Madras plague regulations in force outside the Presidency town - Volume 6
Disease focus: Plague
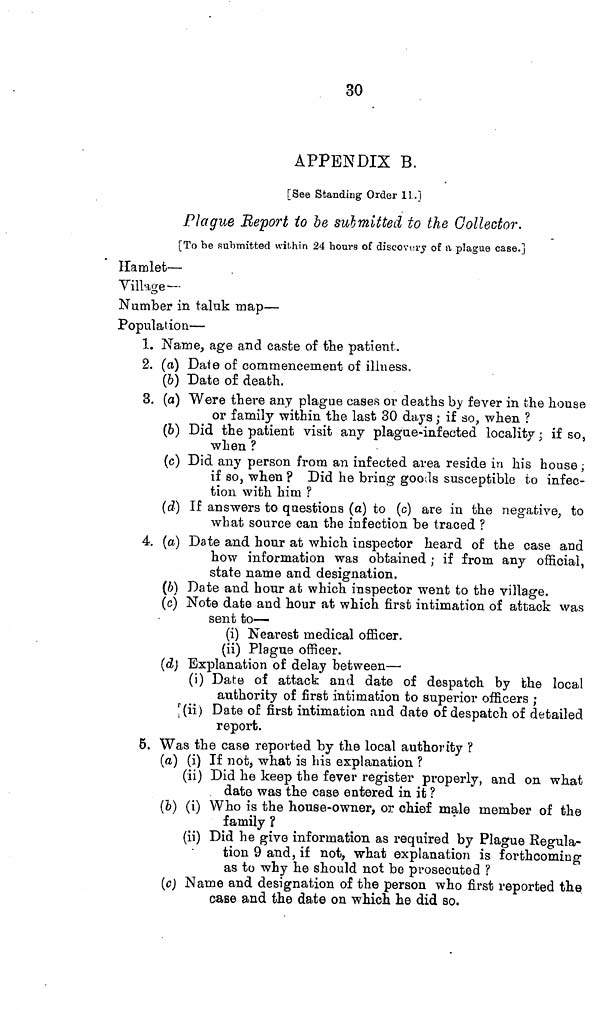
30
APPENDIX B.
[See Standing Order 11.]
Plague Report to be submitted to the Collector.
[To be submitted within 24 hours of discovery of a plague case.]
Hamlet—
Village—
Number in taluk map—
Population—
1. Name, age and caste of the patient.
2. (a) Date of commencement of illness.
(b) Date of death.
3. (a) Were there any plague cases or deaths by fever in the house
or family within the last 30 days ; if so, when ?
(b) Did the patient visit any plague-infected locality ; if so,
when ?
(c) Did any person from an infected area reside in his house ;
if so, when ? Did he bring goods susceptible to infec-
tion with him ?
(d) If answers to questions (a) to (c) are in the negative, to
what source can the infection be traced ?
4. (a) Date and hour at which inspector heard of the case and
how information was obtained ; if from, any official,
state name and designation.
(b) Date and hour at which inspector went to the village.
(c) Note date and hour at which first intimation of attack was
sent to—
(i) Nearest medical officer,
(ii) Plague officer.
(d) Explanation of delay between—
(i) Date of attack and date of despatch by the local
authority of first intimation to superior officers ;
(ii) Date of first intimation and date of despatch of detailed
report.
5. Was the case reported by the local authority ?
(a) (i) If not, what is his explanation ?
(ii) Did he keep the fever register properly, and on what
date was the case entered in it ?
(b) (i) Who is the house-owner, or chief male member of the
family ?
(ii) Did he give information as required by Plague Regula-
tion 9 and, if not, what explanation is forthcoming
as to why he should not be prosecuted ?
(c) Name and designation of the person who first reported the.
case and the date on which he did so.